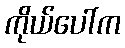
ကိုယ်ပေါ်က